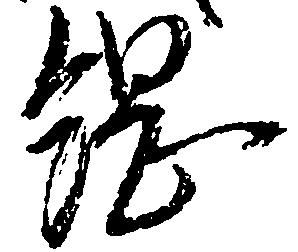
綱